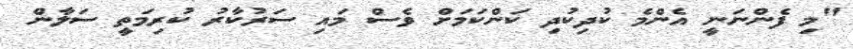
"މި ފެންނަނީ އެންމެ ކުދިކުދި ކަންކަމަށް ވެސް މައި ސަރުކާރު ކުރިމަތީ ސަލާން